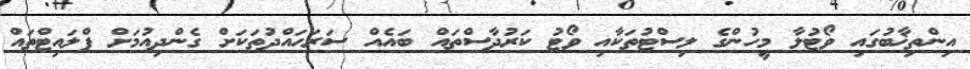
އިންތިޚާބުގައި ވޯޓުލާ މީހުންގެ ލިސްޓުތަކާއި ވޯޓު ކަރުދާސްތައް ބައެއް ސަރަހައްދުތަކަށް ގެންދިއުމަށް ފްލައިޓްތައް